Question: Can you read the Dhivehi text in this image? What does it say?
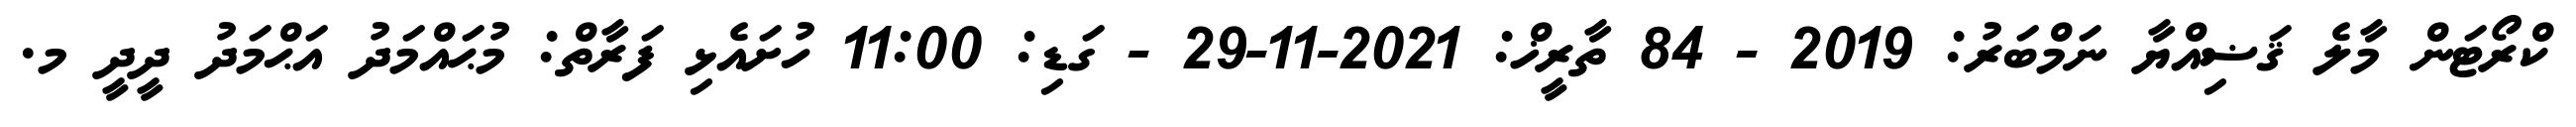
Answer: ކްރޯޓަން މާލެ ޤަޟިއްޔާ ނަމްބަރު: 2019 - 84 ތާރީޚް: 2021-11-29 - ގަޑި: 11:00 ހުށައެޅި ފަރާތް: މުޙައްމަދު އަޙްމަދު ދީދީ މ.